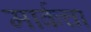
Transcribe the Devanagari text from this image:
मार्कचा